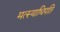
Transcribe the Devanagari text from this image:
मत्स्याधिपति